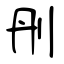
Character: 刐